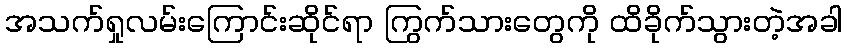
အသက်ရှုလမ်းကြောင်းဆိုင်ရာ ကြွက်သားတွေကို ထိခိုက်သွားတဲ့အခါ